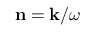
{ \bf n } = { \bf k } / \omega